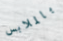
بالملابس